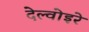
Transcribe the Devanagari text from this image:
देल्वोइरे